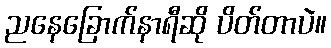
ညနေခြောက်နာရီဆို ပိတ်တာပဲ။